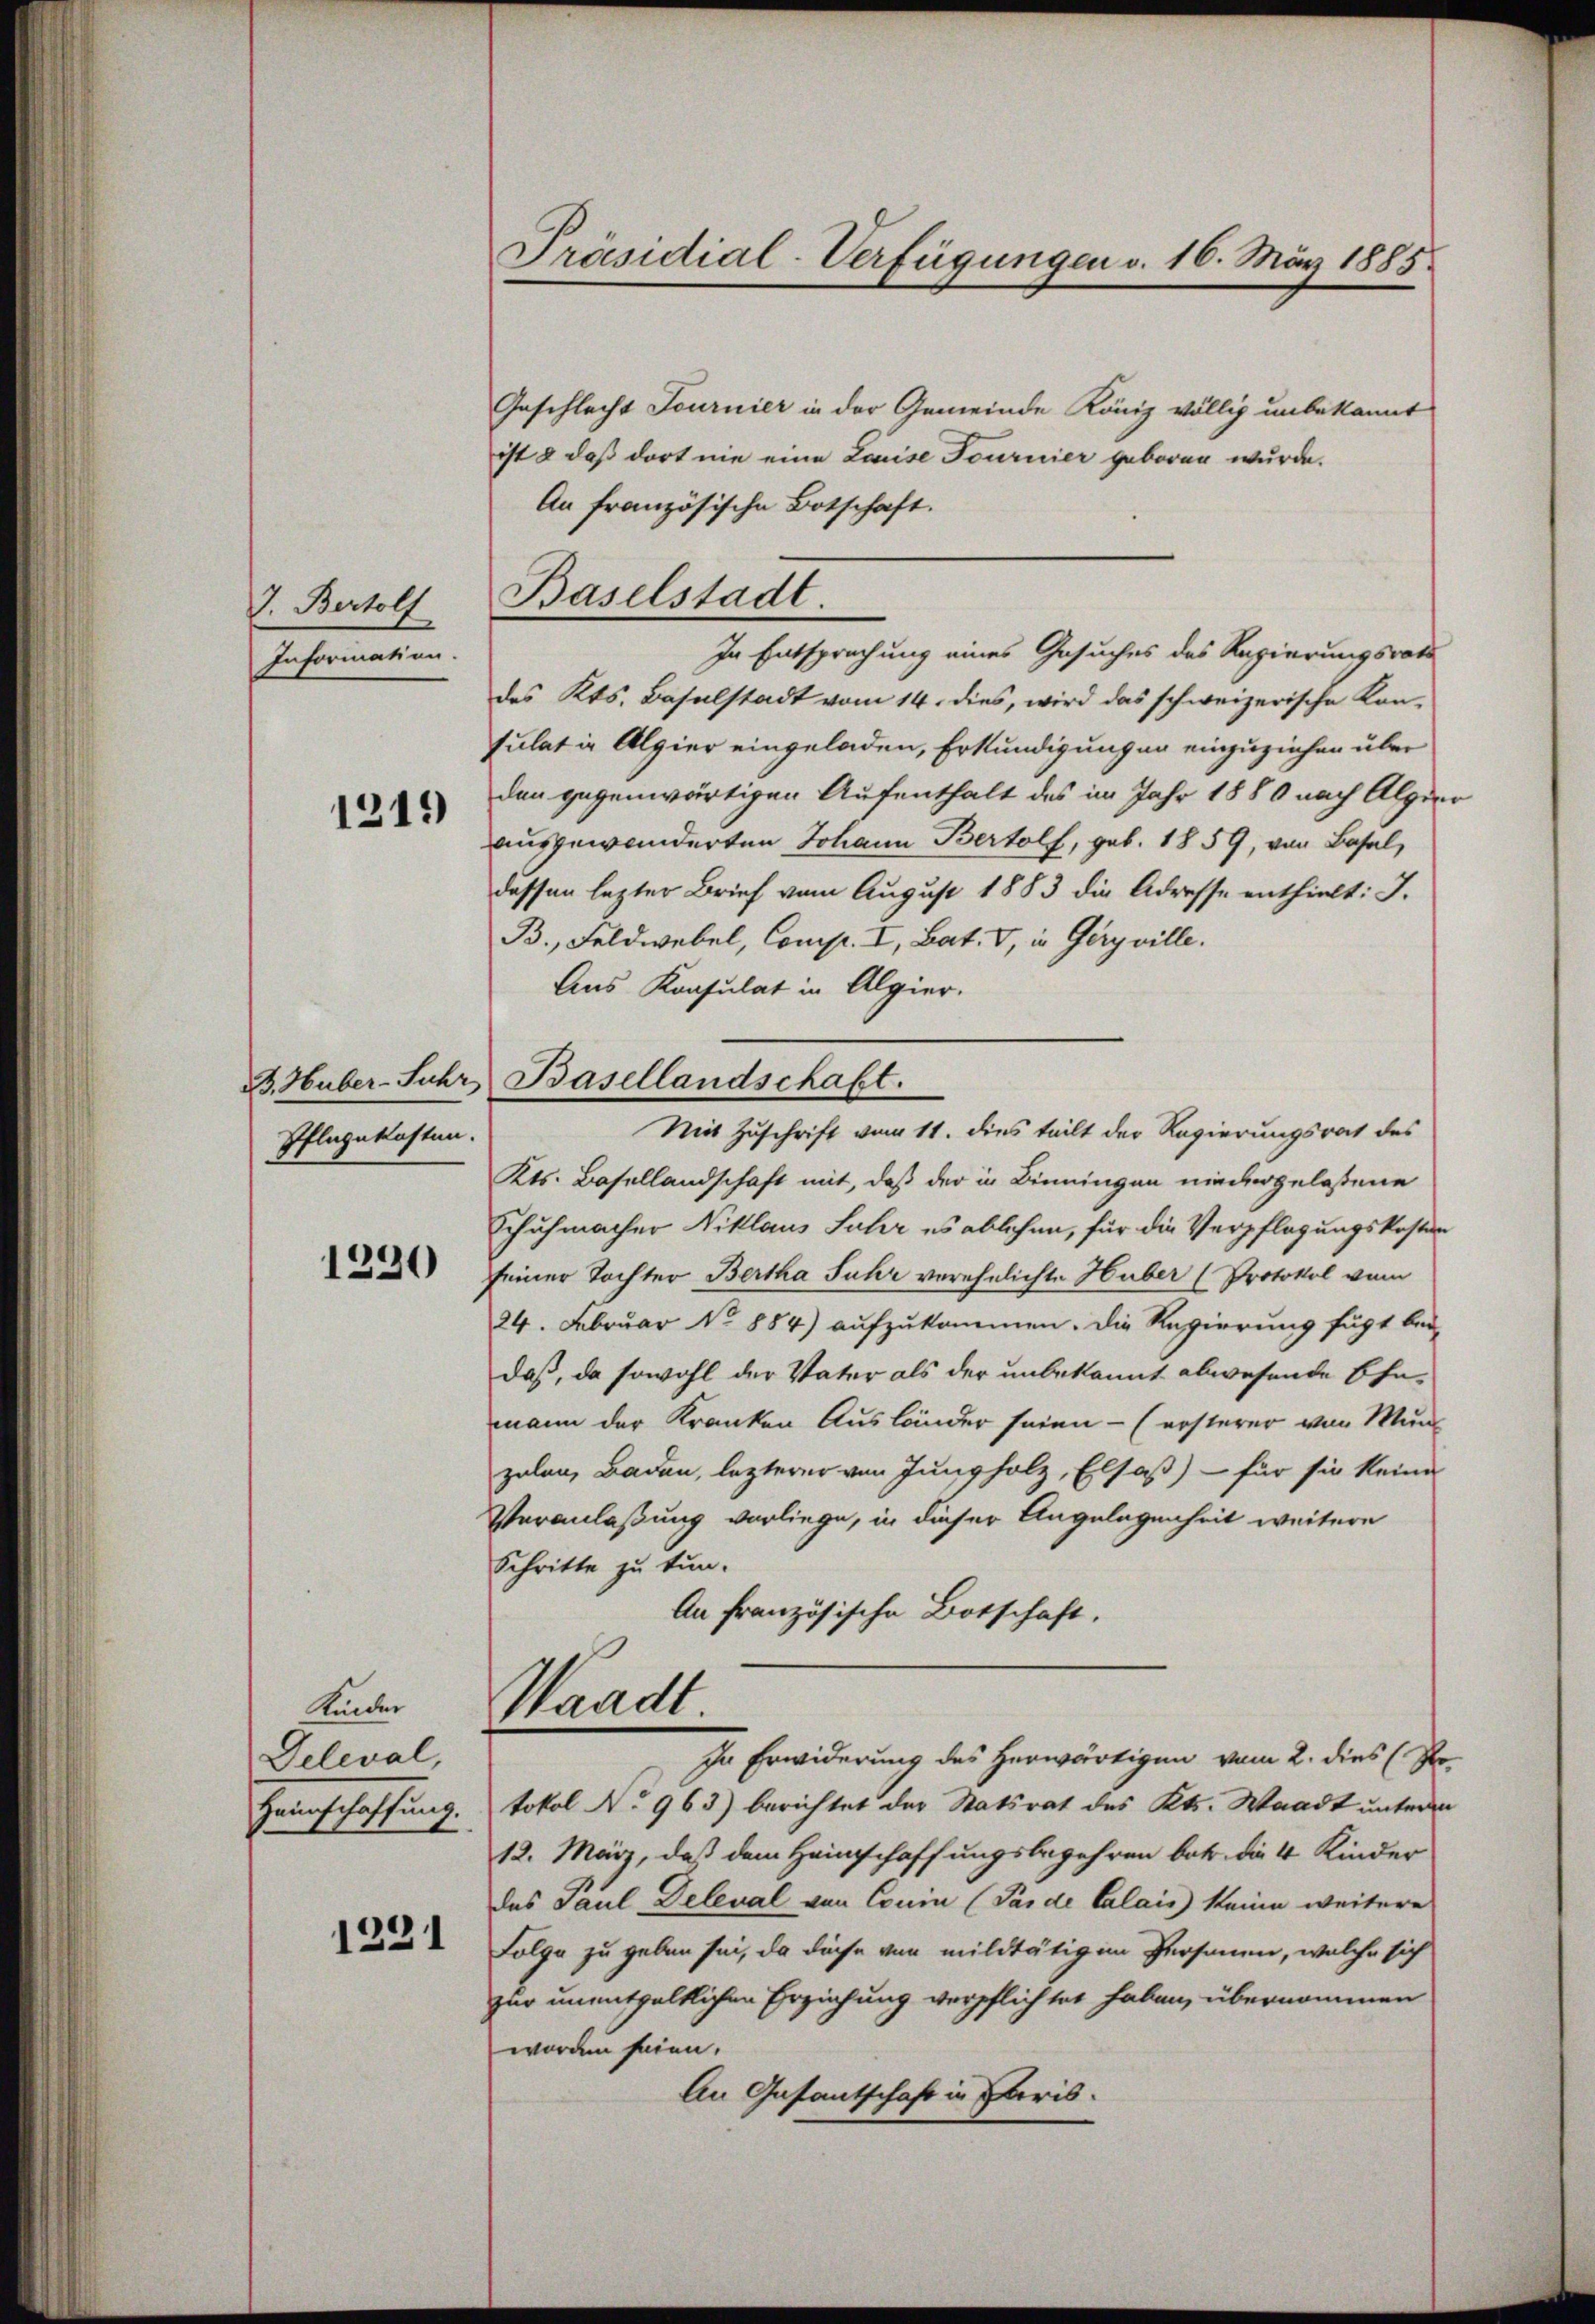
7. Bertolf
Information.

1219

B. Huber-Suhr
Pflegekosten.

1290

Kinder
Deleval,
Heinschaffung.

1231

Präsidial-Verfügungen v. 16. März 1885.

Baselstadt

Geschlecht Fournier in der Gemeinde König völlig unbekannt
ist & daß dort nie eine Louise Fournier geboren wurde.
An französische Botschaft.
In Entsprechung eines Gesuches des Regierungsrats
des Kts. Baselstadt vom 14. dies, wird das schweizerische Kon-
sulat in Alpier eingeladen, Erkundigungen einzuziehen über
den gegenwärtigen Aufenthalt des im Jahr 1880 nach Alpin
ausgewanderten Johann Bertolf, geb. 1859, von Basel,
dessen lezter Brief vom August 1883 die Adresse enthielt: I.
B., Feldwebel, Comp. I, Bat. V, in Gery ville.
Aus Konsulat in Algier.
Kts. Basellandschaft mit, daß der in Binningen niedergelassene
Schuhmacher Niklaus Jahr es ablehen, für die Verpflegungskosten
seiner Tochter Bertha Fuhr verehelichte Huber (Protokol vom
24. Februar No 884) aufzukommen. Die Regierung fügt bei
daß, da sowohl der Vater als der unbekannt abwesende Ehe-
mann der Kranken Ausländer seien - (ersterer von Mun
zalen, Baden, lezterer von Jungholz, Elsaß) - für sie keine
Veranlaßung vorliege, in dieser Angelegenheit weitere
Schritte zu tun.
An französische Botschaft,
Waadt.
In Erwiderung des Herwärtigen vom 2. dies (Po
tokol No 963) berichtet der Statsrat des Kts. Waadt unteren
12. März, daß dem Heinschaffungsbegehren betr. die 4 Kinder
des Paul Deleval von Couin (Pas de Calais keine weitere
Folge zu geben sei, da diese von mildtätig in Personen, welche sich
zur unentgeltlichen Erziehung verpflichtet haben, übernommen
worden seien.
An Gasantschaft in Paris.

Basellandschaft.
Mit Zuschrift vom 11. dies teilt der Regierungsrat des